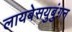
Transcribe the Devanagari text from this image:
लायबेसयुबुंगन